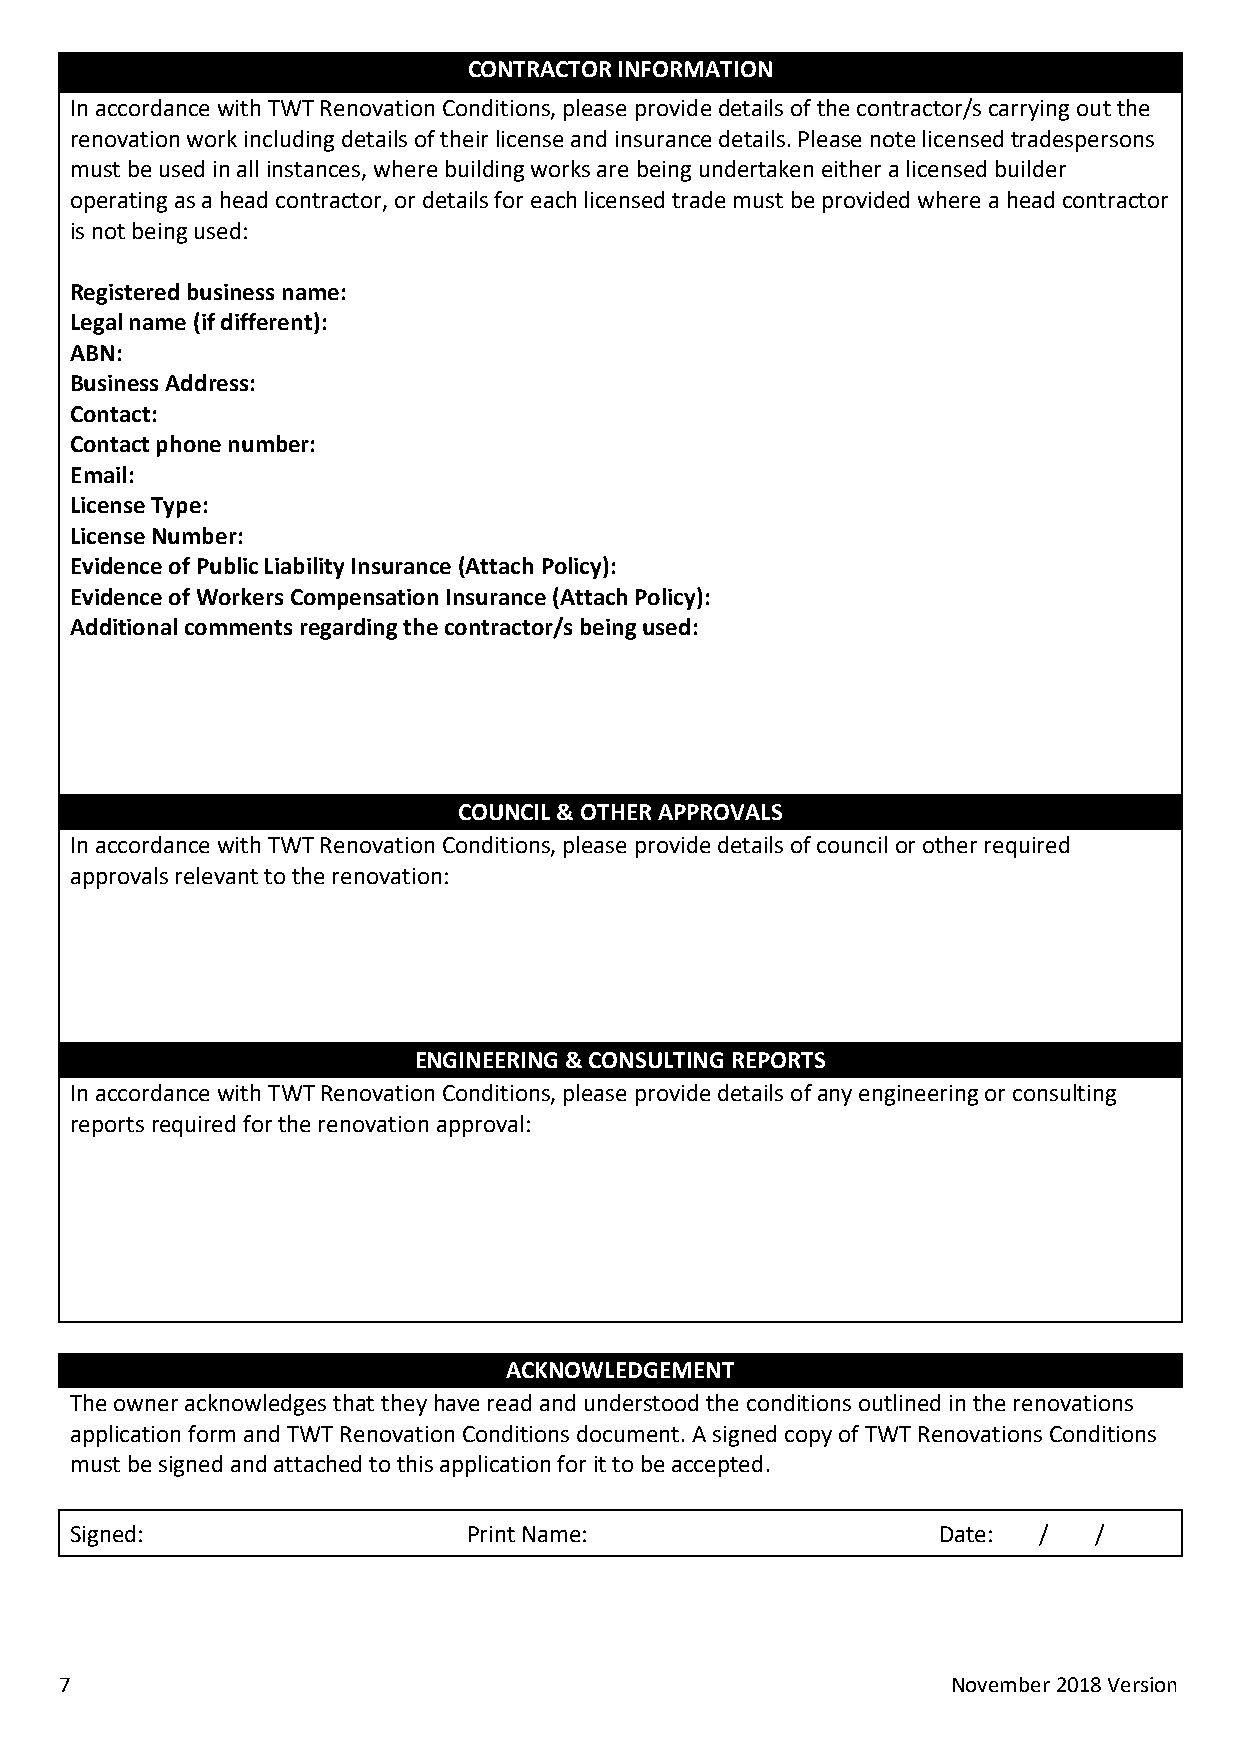
CONTRACTOR INFORMATION
 In accordance with TWT Renovation Conditions, please provide details of the contractor/s carrying out the
 renovation work including details of their license and insurance details. Please note licensed tradespersons
 must be used in all instances, where building works are being undertaken either a licensed builder
 operating as a head contractor, or details for each licensed trade must be provided where a head contractor
 is not being used:
 Registered business name:
 Legal name (if different):
 ABN:
 Business Address:
 Contact:
 Contact phone number:
 Email:
 License Type:
 License Number:
 Evidence of Public Liability Insurance (Attach Policy):
 Evidence of Workers Compensation Insurance (Attach Policy):
 Additional comments regarding the contractor/s being used:
 COUNCIL & OTHER APPROVALS
 In accordance with TWT Renovation Conditions, please provide details of council or other required
 approvals relevant to the renovation:
 ENGINEERING & CONSULTING REPORTS
 In accordance with TWT Renovation Conditions, please provide details of any engineering or consulting
 reports required for the renovation approval:
 ACKNOWLEDGEMENT
 The owner acknowledges that they have read and understood the conditions outlined in the renovations
 application form and TWT Renovation Conditions document. A signed copy of TWT Renovations Conditions
 must be signed and attached to this application for it to be accepted.
 Signed:                   Print Name:                    Date:  /  /
 7                                                          November 2018 Version